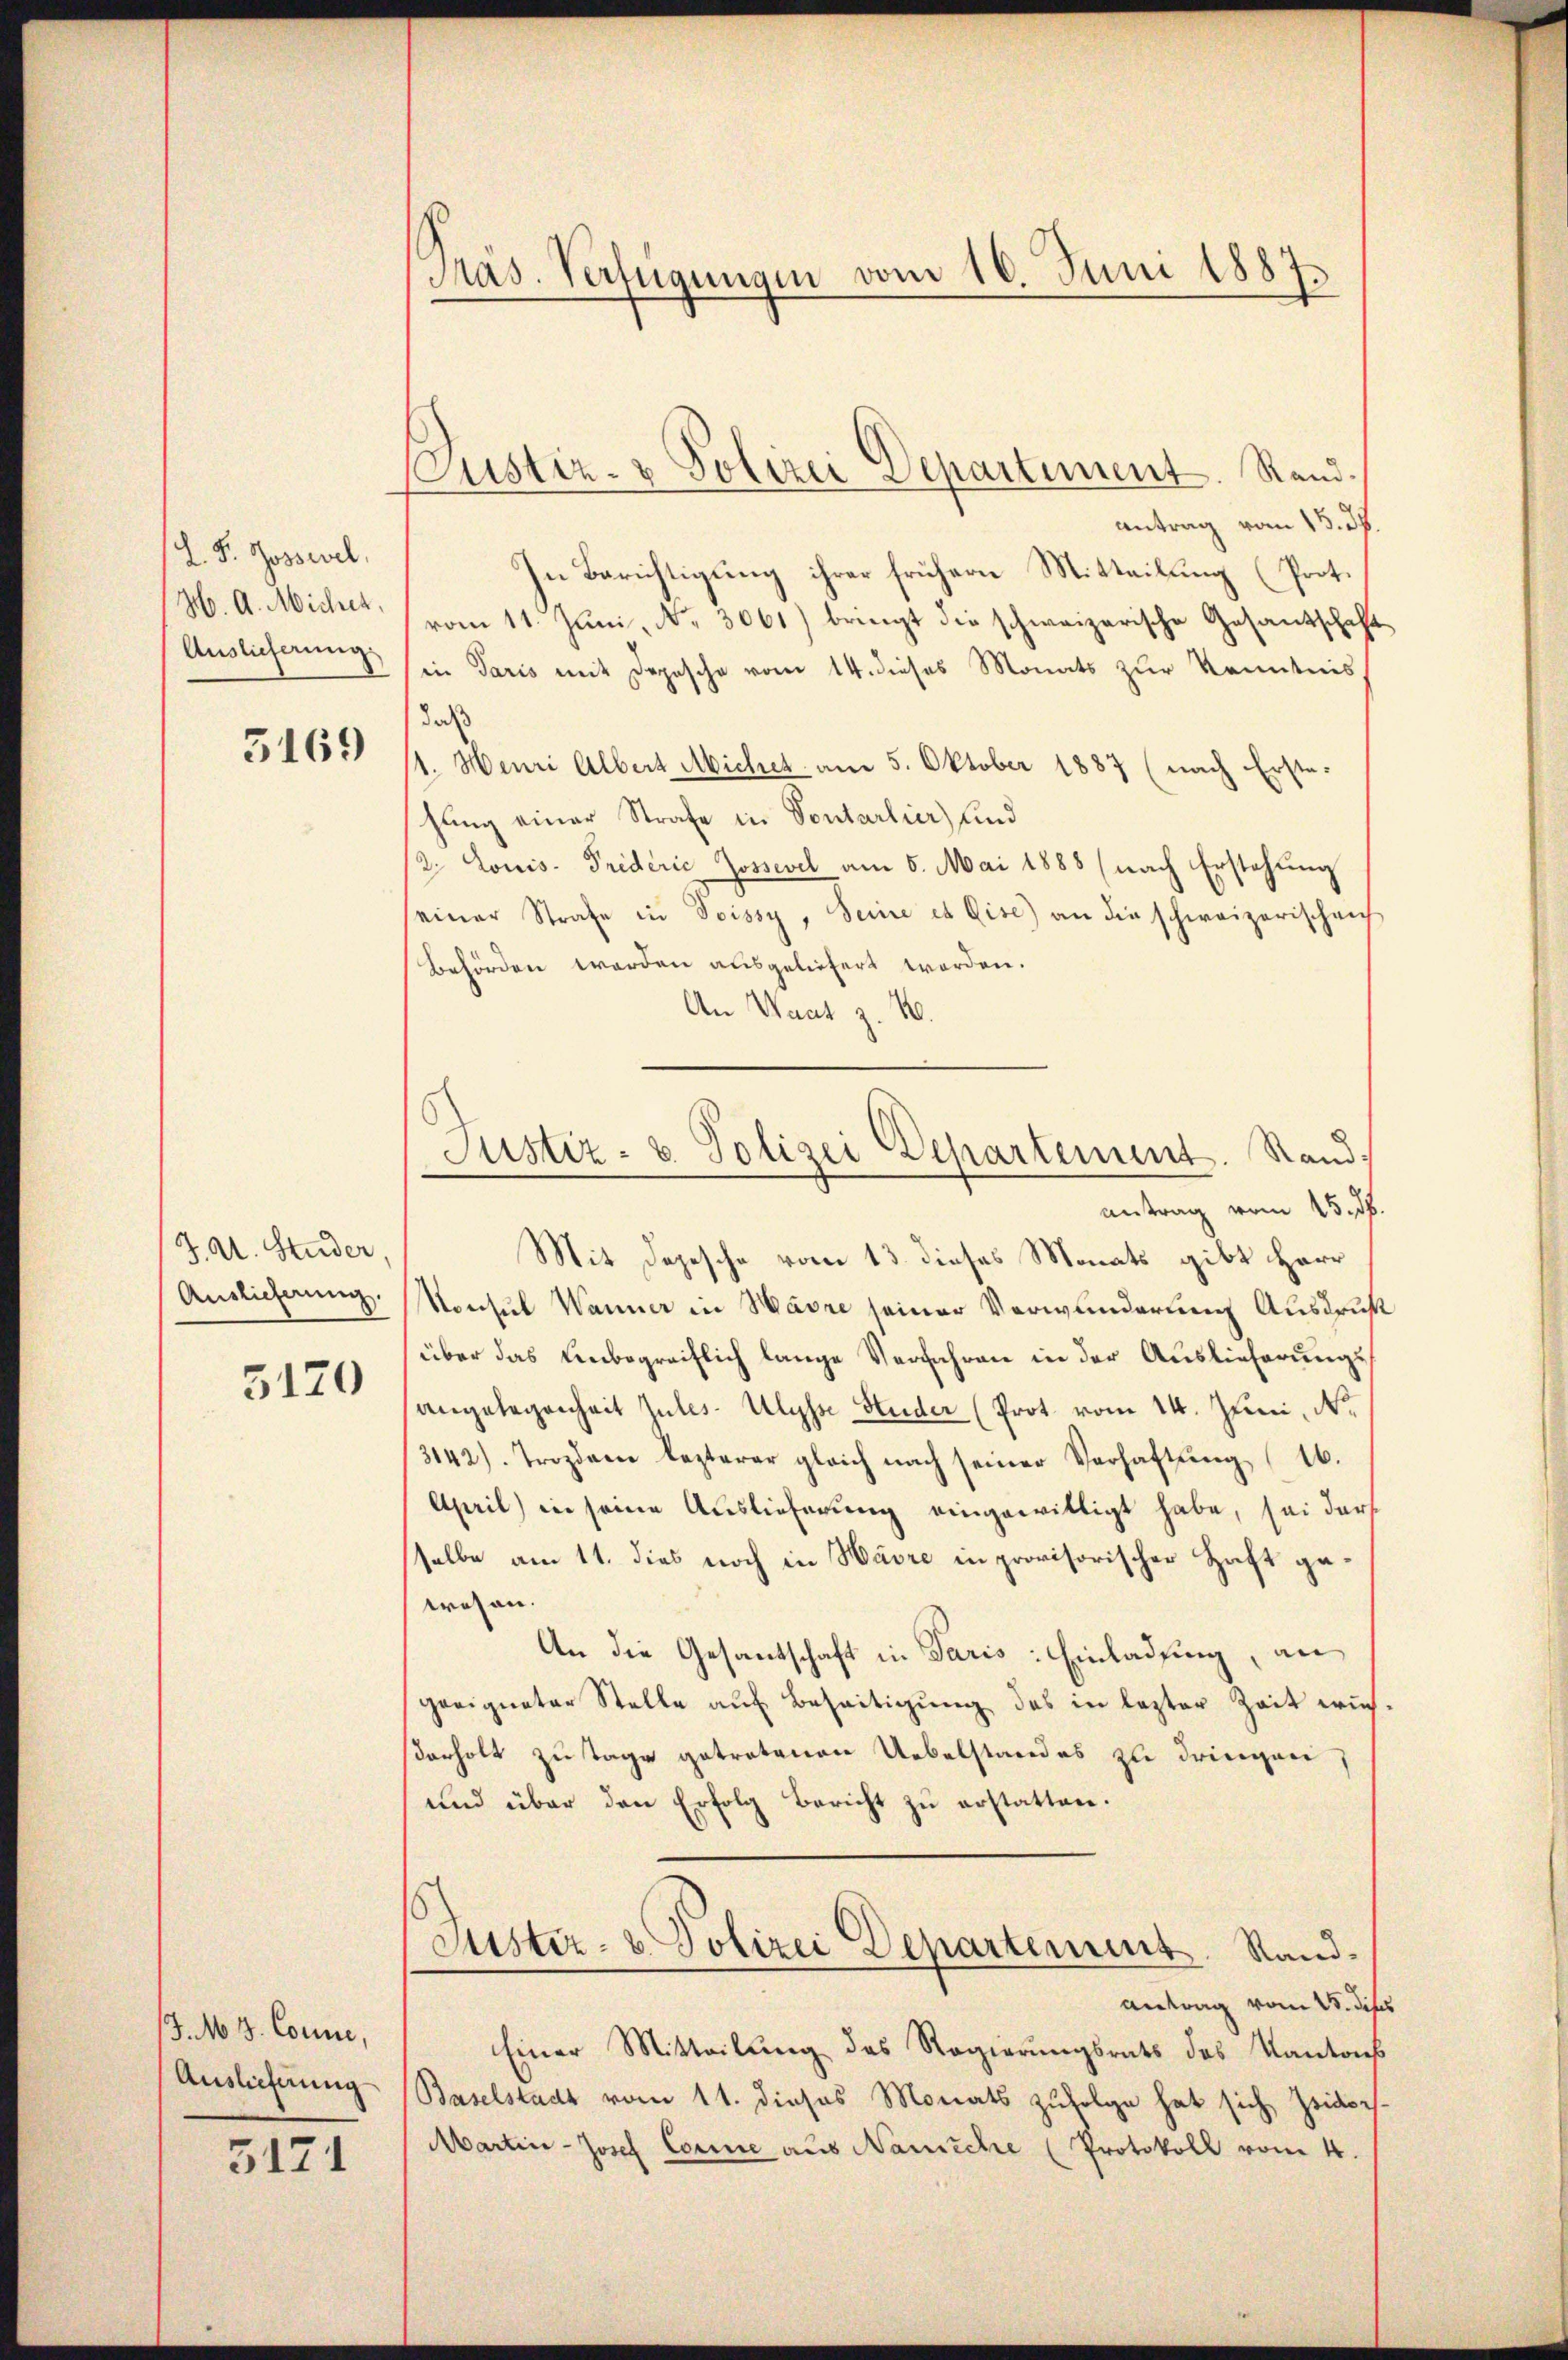
L. P. Jossel,
H. A. Micher
Auslieferung.

5169

J. A. Studer
Auslieferung.

5170

J.M. 3. Conne,
Auslieferung

5171

Präs. Verfügungen vom 16. Juni 1887.

ustiz- & Polizei Departiment. Rand.

antrag vom 15. d.
In Berichtigung ihrer frühern Mitteilung (Prot.
vom 11. Jŭni, N. 3061) bringt die schweizerische Gesantschaft
in Paris mit Depesche vom 14. dieses Monats zur Kenntnis
daß
1. Henri Albert Michet am 5. Oktober 1887 (nach Erste-
hung einer Strafe in Sontarlier) und
12. Louis-Triderić Zossevel am 5. Mai 1888 (nach Erstehung
einer Strafe in Soissy, Seine es Gise) an die schweizerischen
Behörden werden ausgeliefert worden.
An Waat z. 10.
antrag vom 15. d.
Mit Depesche vom 13. dieses Monats gibt Herr
Konsul Wanner in Wäre seiner Verwunderung Ausdruck
über das Leibegreiflich lange Verfahren in der Auslieferungsangelegenheit zules-Ulysse Studer (Prot vom 14. Juni, No.
3142). Trozdame lezterer gleich nach seiner Verhaftung (16.
April) in seine Auslieferung eingewilligt habe, sei darf
selbe am 11. dies noch in Havre in provisorischer Haft gewesen.
An die Gesantschaft in Paris: Einladung, an
geeigneter Stelle auf Beseitigung des in lezter Zeit wies
serholt zu Tage getretenen Uebelstandes zu dringen,
und über den Erfolg Bericht zu erstatten.
Justiz- & Polizei Departement. Sandantrag vom 15. dip
Einer Mitteilung des Regierungsrats des Kantons
Baselstadt vom 11. dieses Monats zufolge hat sich Zeiter
Martin-Josef Corne aus Nanische (Protokoll vom 4.

Justiz- & Polizei Departement. Stand,